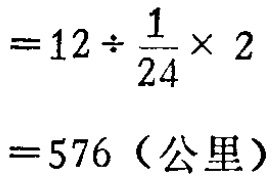
\[

\begin{align*}

&=12\div\frac{1}{24}\times2\\

&=576（公里）

\end{align*}

\]